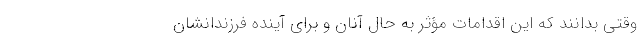
وقتی بدانند که این اقدامات مؤثر به حال آنان و برای آینده فرزندانشان